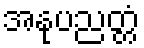
အနုပညတ္တံ